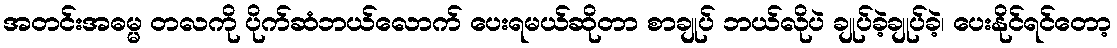
အတင်းအဓမ္မ တလကို ပိုက်ဆံဘယ်လောက် ပေးရမယ်ဆိုတာ စာချုပ် ဘယ်လိုပဲ ချုပ်ခဲ့ချုပ်ခဲ့၊ ပေးနိုင်ရင်တော့